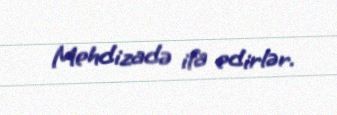
Mehdizadə ifa edirlər.